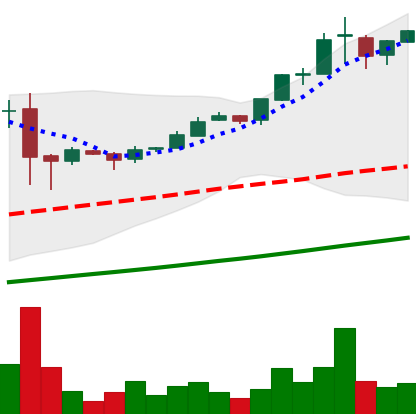
Ticker: BTC-USD
Chart end date: 2017-02-27
Forward return: 6.371%
Label: up_5_7